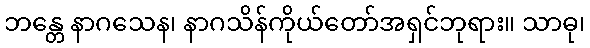
ဘန္တေ နာဂသေန၊ နာဂသိန်ကိုယ်တော်အရှင်ဘုရား။ သာဓု၊